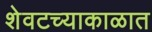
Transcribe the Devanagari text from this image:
शेवटच्याकाळात